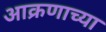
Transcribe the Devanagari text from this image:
आक्रणाच्या